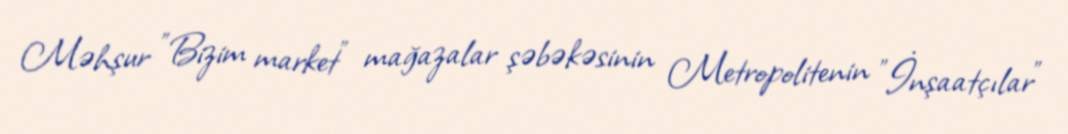
Məhşur "Bizim market" mağazalar şəbəkəsinin Metropolitenin "İnşaatçılar"